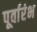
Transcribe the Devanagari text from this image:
पूर्वारंभ